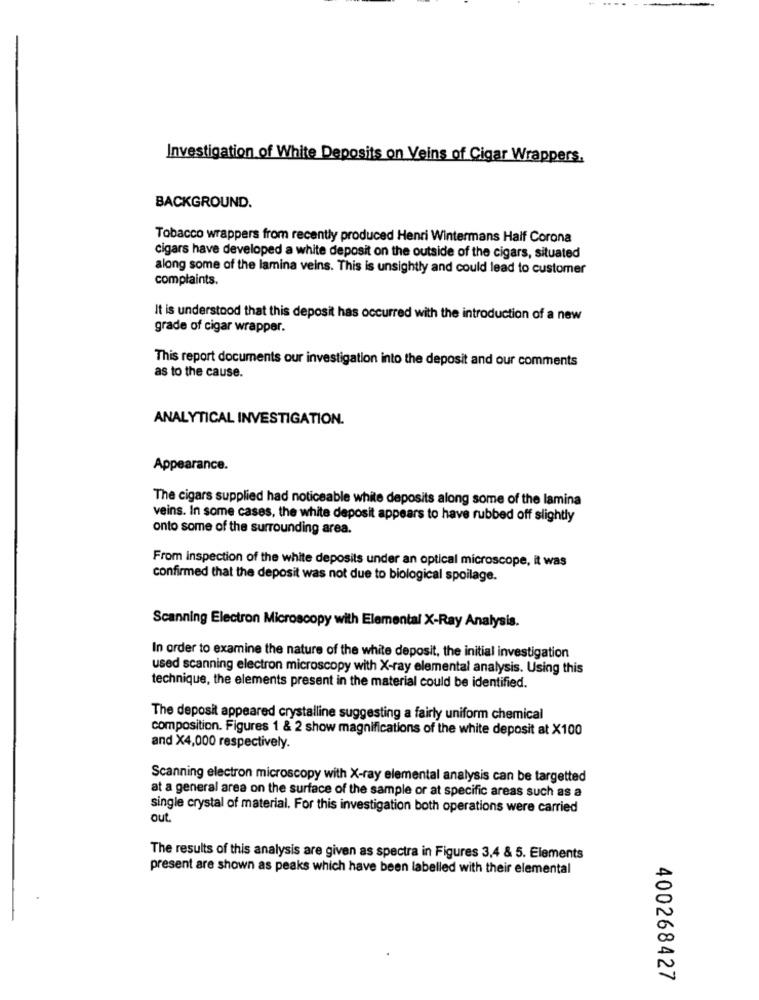
Investigation of White Deposits on Veins of Cigar Wrappers.
BACKGROUND.
Tobacco wrappers from recently produced Henri Wintermans Half Corona
cigars have developed a white deposit on the outside of the cigars, situated
along some of the lamina veins. This is unsightly and could lead to customer
complaints.
It is understood that this deposit has occurred with the introduction of a new
grade of cigar wrapper.
This report documents our investigation into the deposit and our comments
as to the cause.
ANALYTICAL INVESTIGATION.
Appearance.
The cigars supplied had noticeable white deposits along some of the lamina
veins. In some cases, the white deposit appears to have rubbed off slightly
onto some of the surrounding area.
From inspection of the white deposits under an optical microscope, it was
confirmed that the deposit was not due to biological spoilage.
Scanning Electron Microscopy with Elemental X-Ray Analysis.
In order to examine the nature of the white deposit, the initial investigation
used scanning electron microscopy with X-ray elemental analysis. Using this
technique, the elements present in the material could be identified.
The deposit appeared crystalline suggesting a fairly uniform chemical
composition. Figures 1 & 2 show magnifications of the white deposit at X100
and X4,000 respectively.
Scanning electron microscopy with X-ray elemental analysis can be targetted
at a general area on the surface of the sample or at specific areas such as a
single crystal of material. For this investigation both operations were carried
out
The results of this analysis are given as spectra in Figures 3,4 & 5. Elements
present are shown as peaks which have been labelled with their elemental
400268427